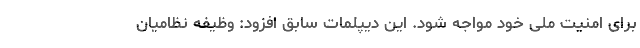
برای امنیت ملی خود مواجه شود. این دیپلمات سابق افزود: وظیفه نظامیان